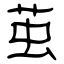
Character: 茧